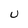
Character: U